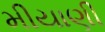
મીયાણી